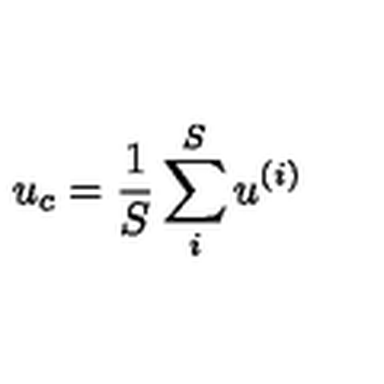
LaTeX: u _ { c } = \frac 1 S \sum _ { i } ^ { S } u ^ { ( i ) }